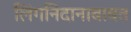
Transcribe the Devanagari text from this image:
लिंगनिदानाबाबत